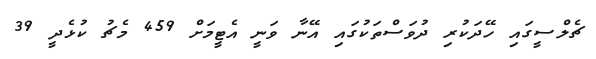
ޗެލްސީގައި ހޭދަކުރި ދުވަސްތަކުގައި އޭނާ ވަނީ އެޓީމަށް 459 މެޗު ކުޅެދީ 39